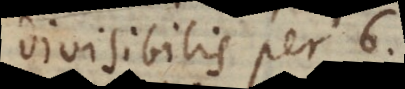
divisibilis per 6.)